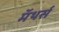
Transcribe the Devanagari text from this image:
मॅथर्स